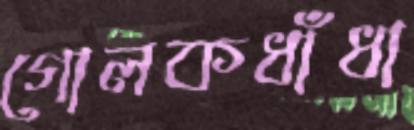
গোলকধাঁধা